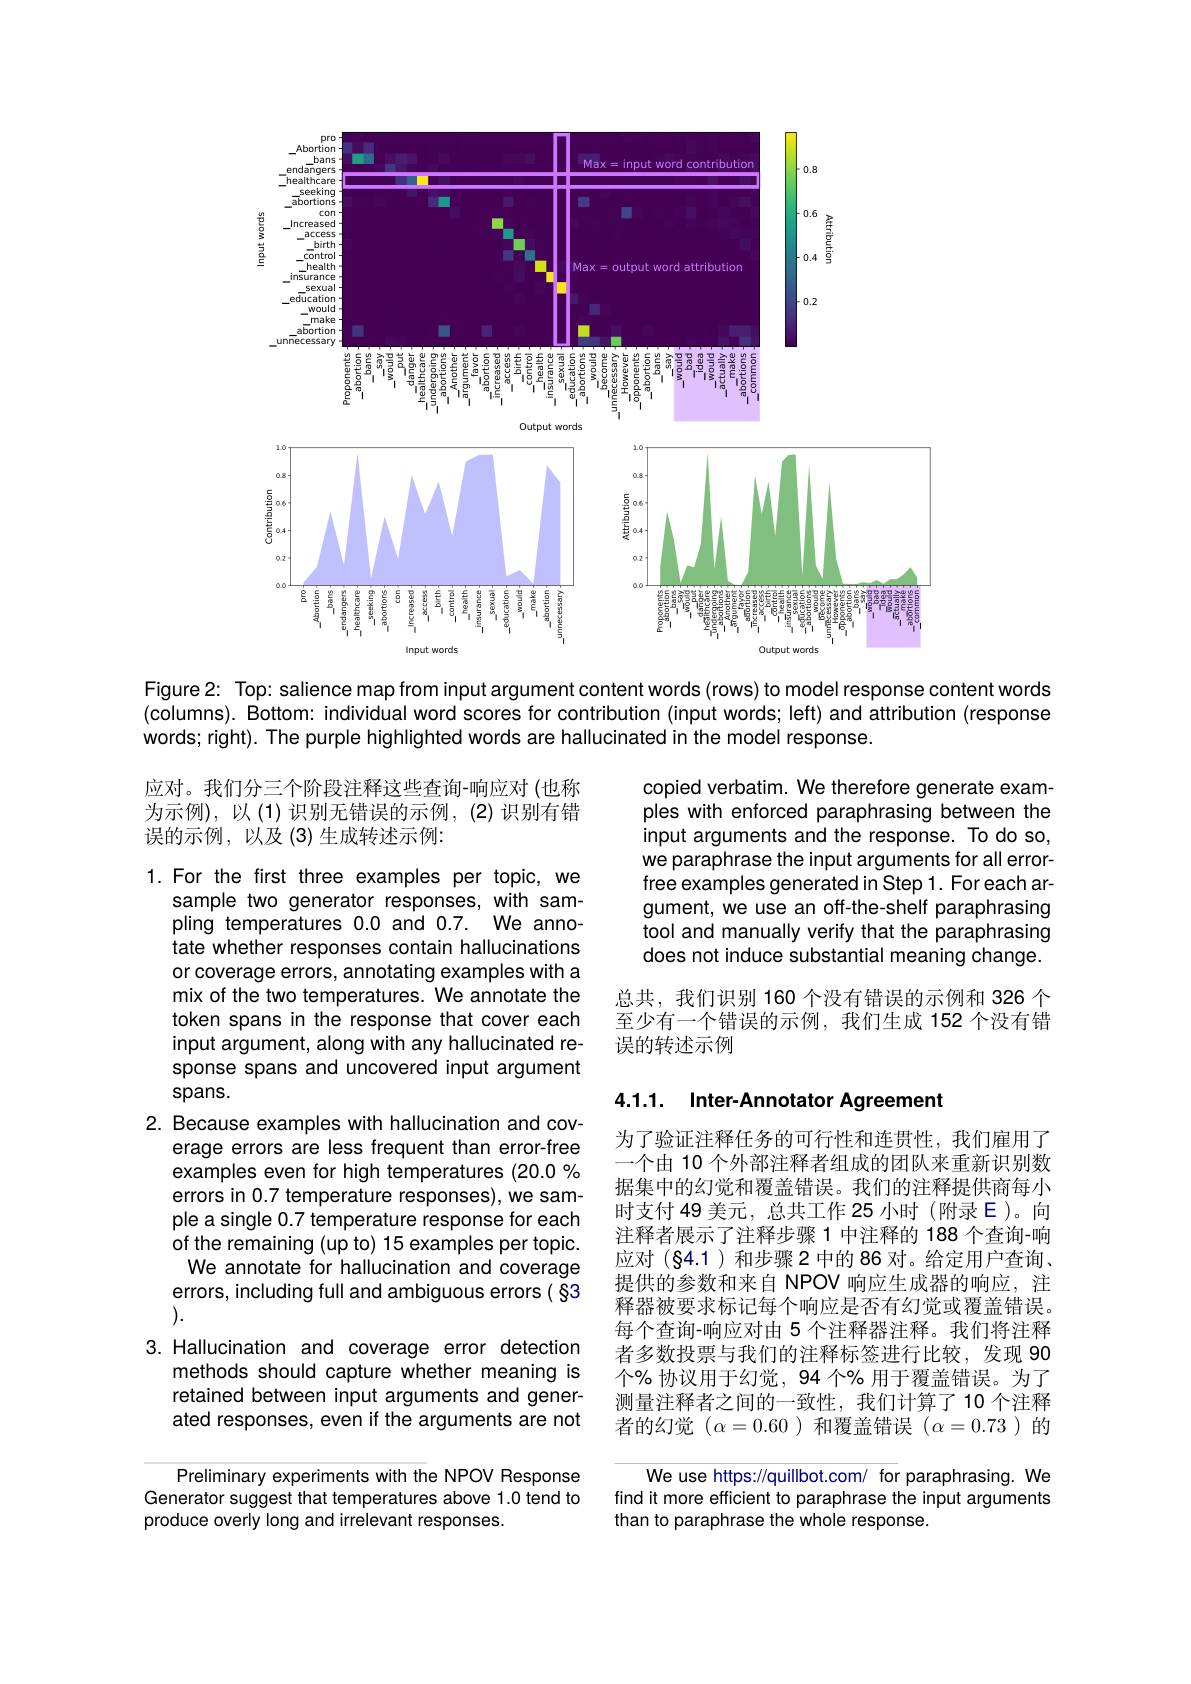
<FigureHere>
Figure 2: Top: salience map from input argument content words (rows) to model response content words

(columns). Bottom: individual word scores for contribution (input words; left) and attribution (response
words; right). The purple highlighted words are hallucinated in the model response.

应对。我们分三个阶段注释这些查询-响应对(也称为示例),以(1)识别无错误的示例，(2)识别有错误的示例，以及(3)生成转述示例：

copied verbatim. We therefore generate examples with enforced paraphrasing between the input arguments and the response. To do so, we paraphrase the input arguments for all errorfree examples generated in Step 1. For each argument, we use an off-the-shelf paraphrasing tool and manually verify that the paraphrasing does not induce substantial meaning change.

1.For the first three examples per topic, we
sample two generator responses, with sampling temperatures 0.0 and 0.7. We annotate whether responses contain hallucinations or coverage errors, annotating examples with a mix of the two temperatures. We annotate the token spans in the response that cover each input argument, along with any hallucinated response spans and uncovered input argument spans.

总共，我们识别 160 个没有错误的示例和 326 个至少有一个错误的示例，我们生成 152 个没有错误的转述示例

## 4.1.1. Inter-Annotator Agreement

2. Because examples with hallucination and cov-
erage errors are less frequent than error-free examples even for high temperatures (20.0% errors in 0.7 temperature responses), we sample a single 0.7 temperature response for each of the remaining (up to) 15 examples per topic. We annotate for hallucination and coverage errors, including full and ambiguous errors( §3 ).

为了验证注释任务的可行性和连贯性，我们雇用了一个由 10 个外部注释者组成的团队来重新识别数据集中的幻觉和覆盖错误。我们的注释提供商每小时支付 49 美元，总共工作 25 小时 (附录$\mathcal{E}$)。向注释者展示了注释步骤 1 中注释的 188 个查询-响应对(§4.1)和步骤2中的 86 对。给定用户查询、 提供的参数和来自 NPOV 响应生成器的响应，注释器被要求标记每个响应是否有幻觉或覆盖错误。每个查询-响应对由 5 个注释器注释。我们将注释者多数投票与我们的注释标签进行比较，发现 90个% 协议用于幻觉，94 个% 用于覆盖错误。为了测量注释者之间的一致性，我们计算了 10 个注释者的幻觉$(\alpha=0.60)$和覆盖错误$(\alpha=0.73)$的

3. Hallucination and coverage error detection
methods should capture whether meaning is retained between input arguments and generated responses, even if the arguments are not

We use https://quillbot.com/ for paraphrasing. We find it more efficient to paraphrase the input arguments than to paraphrase the whole response

Preliminary experiments with the NPOV Response Generator suggest that temperatures above 1.0 tend to produce overly long and irrelevant responses.